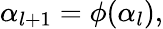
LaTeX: \alpha_{l+1}=\phi(\alpha_{l}),